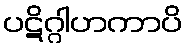
ပဋိဂ္ဂါဟကာပိ